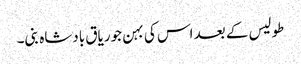
طولیس کے بعد اس کی بہن جوریاق بادشاہ بنی۔